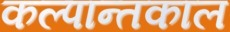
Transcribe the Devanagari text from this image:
कल्पान्तकाल